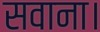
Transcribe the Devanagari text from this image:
सवाना।